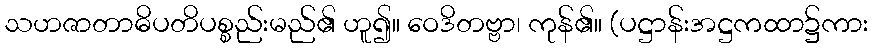
သဟဇာတာဓိပတိပစ္စည်းမည်၏ ဟူ၍။ ဝေဒိတဗ္ဗာ၊ ကုန်၏။ (ပဋ္ဌာန်းအဋ္ဌကထာ၌ကား